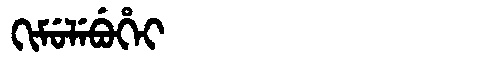
Manchu: ᡴᡳᠮᡠᠯᡝᠪᡠᡥᡝᡳ
Romanization: KIMULEBUHEI